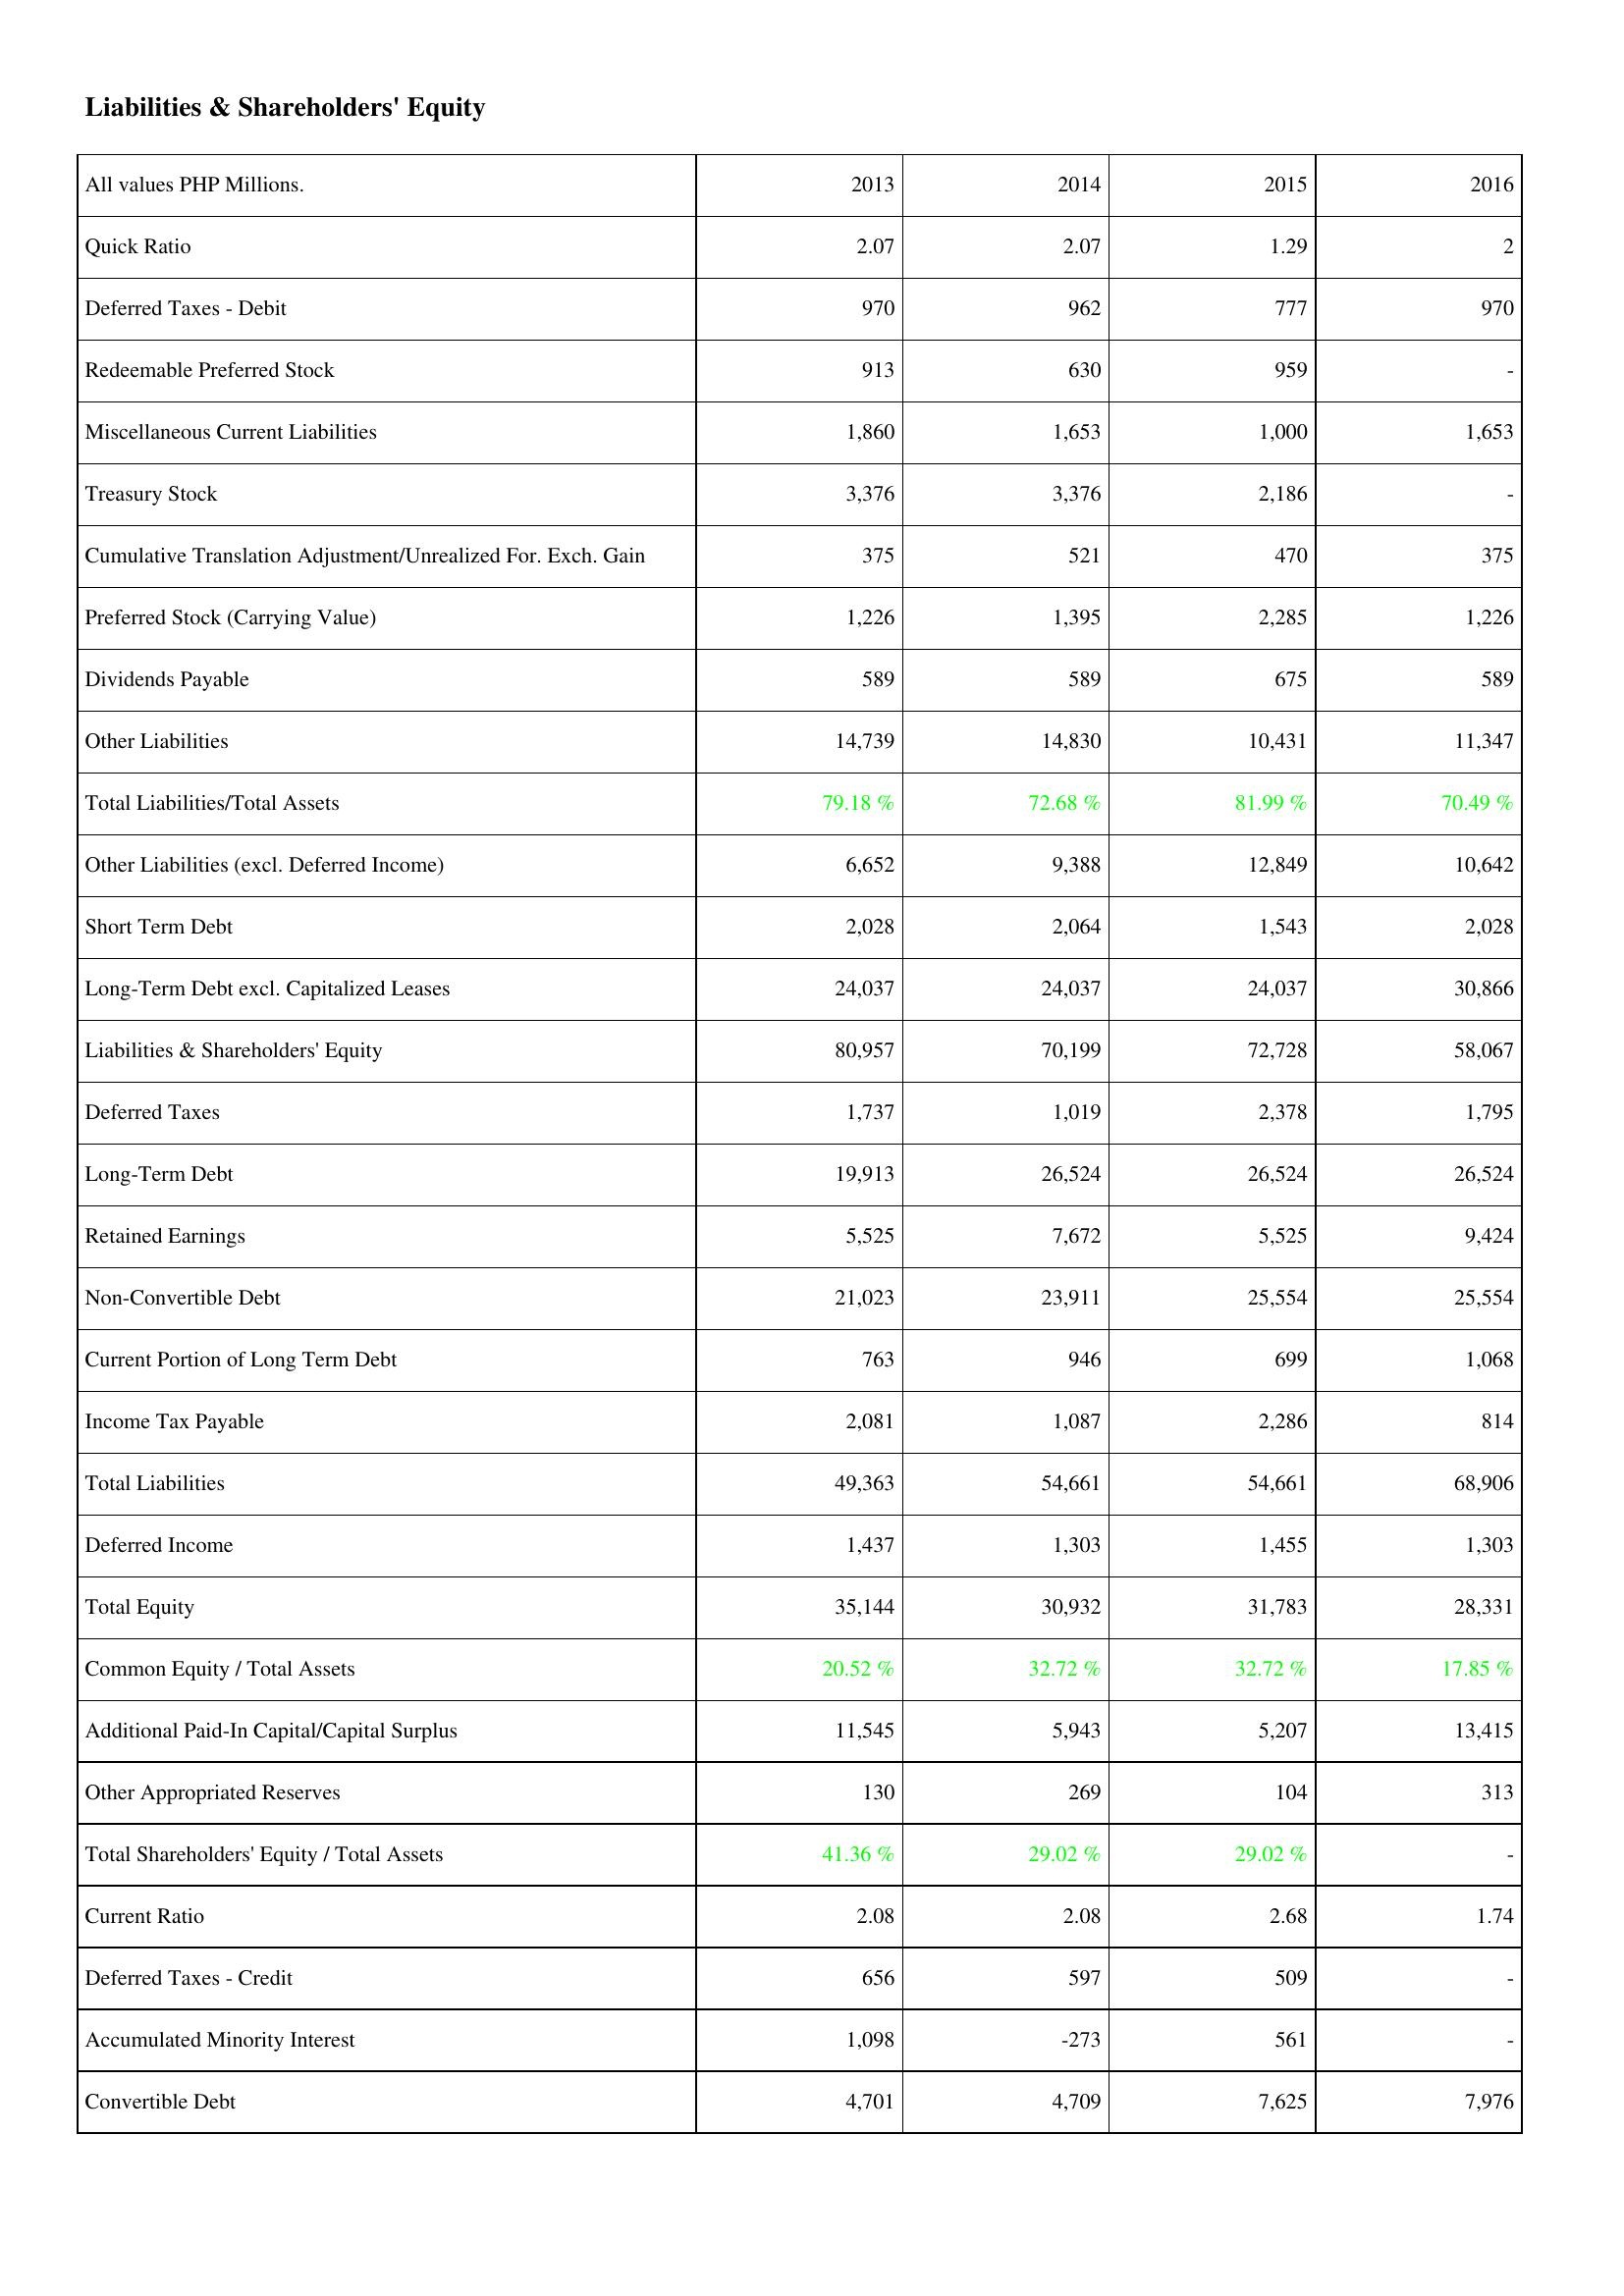
2013: Liabilities & Shareholders' Equity: Quick Ratio: 2.07
Deferred Taxes - Debit: 970
Redeemable Preferred Stock: 913
Miscellaneous Current Liabilities: 1,860
Treasury Stock: 3,376
Cumulative Translation Adjustment/Unrealized For. Exch. Gain: 375
Preferred Stock (Carrying Value): 1,226
Dividends Payable: 589
Other Liabilities: 14,739
Total Liabilities/Total Assets: 79.18 %
Other Liabilities (excl. Deferred Income): 6,652
Short Term Debt: 2,028
Long-Term Debt excl. Capitalized Leases: 24,037
Liabilities & Shareholders' Equity: 80,957
Deferred Taxes: 1,737
Long-Term Debt: 19,913
Retained Earnings: 5,525
Non-Convertible Debt: 21,023
Current Portion of Long Term Debt: 763
Income Tax Payable: 2,081
Total Liabilities: 49,363
Deferred Income: 1,437
Total Equity: 35,144
Common Equity / Total Assets: 20.52 %
Additional Paid-In Capital/Capital Surplus: 11,545
Other Appropriated Reserves: 130
Total Shareholders' Equity / Total Assets: 41.36 %
Current Ratio: 2.08
Deferred Taxes - Credit: 656
Accumulated Minority Interest: 1,098
Convertible Debt: 4,701
2014: Liabilities & Shareholders' Equity: Quick Ratio: 2.07
Deferred Taxes - Debit: 962
Redeemable Preferred Stock: 630
Miscellaneous Current Liabilities: 1,653
Treasury Stock: 3,376
Cumulative Translation Adjustment/Unrealized For. Exch. Gain: 521
Preferred Stock (Carrying Value): 1,395
Dividends Payable: 589
Other Liabilities: 14,830
Total Liabilities/Total Assets: 72.68 %
Other Liabilities (excl. Deferred Income): 9,388
Short Term Debt: 2,064
Long-Term Debt excl. Capitalized Leases: 24,037
Liabilities & Shareholders' Equity: 70,199
Deferred Taxes: 1,019
Long-Term Debt: 26,524
Retained Earnings: 7,672
Non-Convertible Debt: 23,911
Current Portion of Long Term Debt: 946
Income Tax Payable: 1,087
Total Liabilities: 54,661
Deferred Income: 1,303
Total Equity: 30,932
Common Equity / Total Assets: 32.72 %
Additional Paid-In Capital/Capital Surplus: 5,943
Other Appropriated Reserves: 269
Total Shareholders' Equity / Total Assets: 29.02 %
Current Ratio: 2.08
Deferred Taxes - Credit: 597
Accumulated Minority Interest: -273
Convertible Debt: 4,709
2015: Liabilities & Shareholders' Equity: Quick Ratio: 1.29
Deferred Taxes - Debit: 777
Redeemable Preferred Stock: 959
Miscellaneous Current Liabilities: 1,000
Treasury Stock: 2,186
Cumulative Translation Adjustment/Unrealized For. Exch. Gain: 470
Preferred Stock (Carrying Value): 2,285
Dividends Payable: 675
Other Liabilities: 10,431
Total Liabilities/Total Assets: 81.99 %
Other Liabilities (excl. Deferred Income): 12,849
Short Term Debt: 1,543
Long-Term Debt excl. Capitalized Leases: 24,037
Liabilities & Shareholders' Equity: 72,728
Deferred Taxes: 2,378
Long-Term Debt: 26,524
Retained Earnings: 5,525
Non-Convertible Debt: 25,554
Current Portion of Long Term Debt: 699
Income Tax Payable: 2,286
Total Liabilities: 54,661
Deferred Income: 1,455
Total Equity: 31,783
Common Equity / Total Assets: 32.72 %
Additional Paid-In Capital/Capital Surplus: 5,207
Other Appropriated Reserves: 104
Total Shareholders' Equity / Total Assets: 29.02 %
Current Ratio: 2.68
Deferred Taxes - Credit: 509
Accumulated Minority Interest: 561
Convertible Debt: 7,625
2016: Liabilities & Shareholders' Equity: Quick Ratio: 2
Deferred Taxes - Debit: 970
Redeemable Preferred Stock: -
Miscellaneous Current Liabilities: 1,653
Treasury Stock: -
Cumulative Translation Adjustment/Unrealized For. Exch. Gain: 375
Preferred Stock (Carrying Value): 1,226
Dividends Payable: 589
Other Liabilities: 11,347
Total Liabilities/Total Assets: 70.49 %
Other Liabilities (excl. Deferred Income): 10,642
Short Term Debt: 2,028
Long-Term Debt excl. Capitalized Leases: 30,866
Liabilities & Shareholders' Equity: 58,067
Deferred Taxes: 1,795
Long-Term Debt: 26,524
Retained Earnings: 9,424
Non-Convertible Debt: 25,554
Current Portion of Long Term Debt: 1,068
Income Tax Payable: 814
Total Liabilities: 68,906
Deferred Income: 1,303
Total Equity: 28,331
Common Equity / Total Assets: 17.85 %
Additional Paid-In Capital/Capital Surplus: 13,415
Other Appropriated Reserves: 313
Total Shareholders' Equity / Total Assets: -
Current Ratio: 1.74
Deferred Taxes - Credit: -
Accumulated Minority Interest: -
Convertible Debt: 7,976